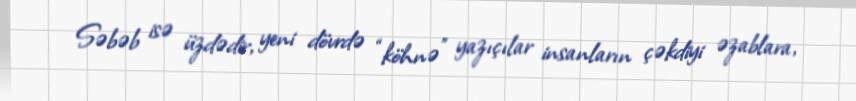
Səbəb isə üzdədir, yeni dövrdə “köhnə” yazıçılar insanların çəkdiyi əzablara,